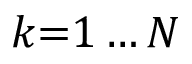
k { = } 1 \ldots N